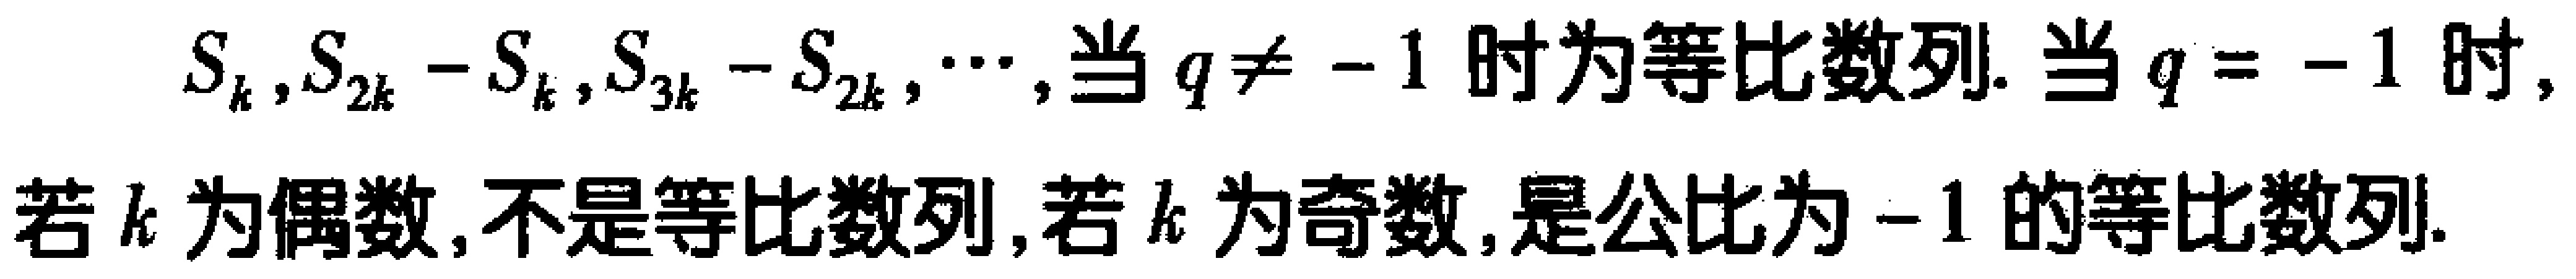
\(S_{k},S_{2k}-S_{k},S_{3k}-S_{2k},\cdots,\)当\(q\neq -1\)时为等比数列. 当\(q = -1\)时,若\(k\)为偶数,不是等比数列,若\(k\)为奇数,是公比为\(-1\)的等比数列.